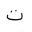
Letter: _ta